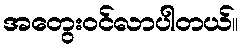
အတွေးဝင်လာပါတယ်။